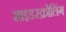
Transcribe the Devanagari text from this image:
साइडस्क्रोलिंग